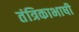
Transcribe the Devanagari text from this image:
तंत्रिकाभाषी